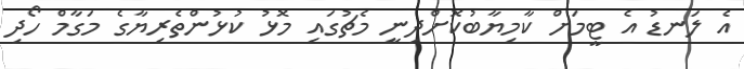
އެ ލަނޑު އެ ޓީމަށް ކާމިޔާބުކޮށްދިނީ މެޗުގައި މޮޅު ކުޅުންތެރިޔާގެ މަގާމް ހޯދި